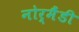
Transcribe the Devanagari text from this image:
नोर्मैंडी